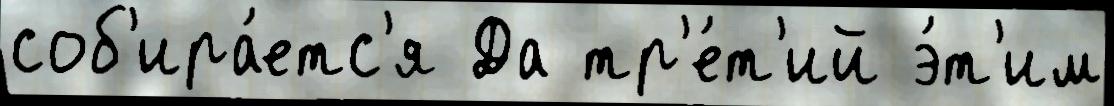
соб'ира́етс'я Да тр'е́т'ий э́т'им